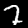
Digit: 7